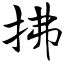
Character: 拂